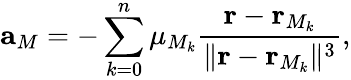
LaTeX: \mathbf{a}_{M}=-\sum_{k=0}^{n}\mu_{M_{k}}\frac{\mathbf{r}-\mathbf{r}_{M_{k}}}{\lVert\mathbf{r}-\mathbf{r}_{M_{k}}\rVert^{3}},